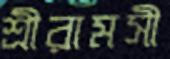
শ্রীরামসী